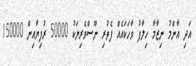
އަދި އާންމު ނިޒާމާ ހިލާފު ވާހަކައެއް ފެތުރި ނޫސްވެރިޔަކު 50000 ރުފިޔާއިން 150000